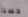
حسنا